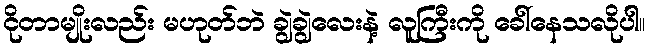
ငိုတာမျိုးလည်း မဟုတ်ဘဲ ချွဲချွဲလေးနဲ့ လူကြီးကို ခေါ်နေသလိုပါ။